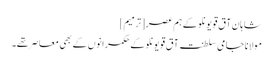
شاہانِ آق قویونلو کے ہم عصر[ترمیم]
مولانا جامی سلطنت آق قویونلو کے حکمرانوں کے بھی معاصر تھے۔